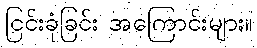
ငြင်းခုံခြင်း အကြောင်းများ။